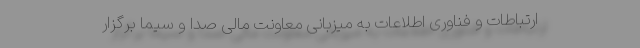
ارتباطات و فناوری اطلاعات به میزبانی معاونت مالی صدا و سیما برگزار